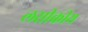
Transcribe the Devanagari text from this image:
लसीकीय